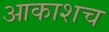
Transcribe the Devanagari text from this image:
आकाशच